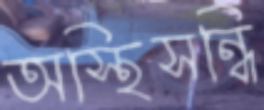
অস্থিসন্ধি